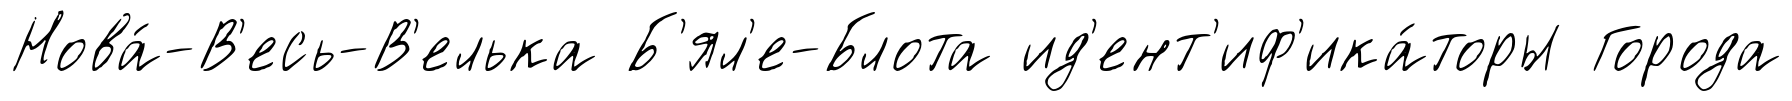
Нова́-В'есь-В'елька Б'ял'е-Блота ид'ент'иф'ика́торы Города